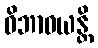
ဝိဘာဝယန္တိ